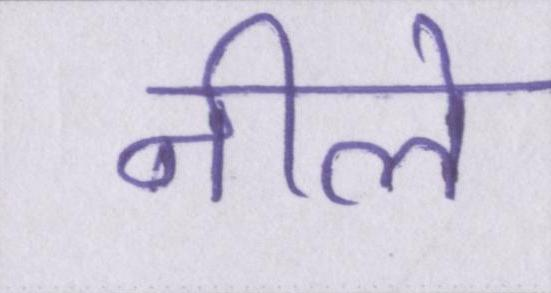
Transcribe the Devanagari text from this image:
नीले